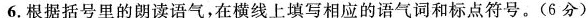
6.根据括号里的朗读语气，在横线上填写相应的语气词和标点符号。(6分)